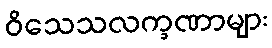
ဝိသေသလက္ခဏာများ